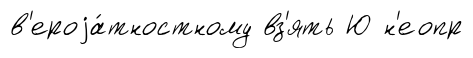
в'ероjа́тностному вз'ять Ю н'еопр